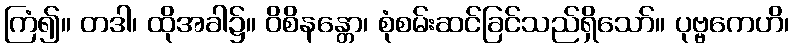
ကြံ၍။ တဒါ၊ ထိုအခါ၌။ ဝိစိနန္တော၊ စုံစမ်းဆင်ခြင်သည်ရှိသော်။ ပုဗ္ဗကေဟိ၊